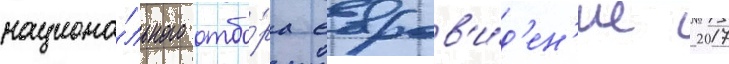
национа́льного отбо́ра евров'и́д'ен'ие 2017